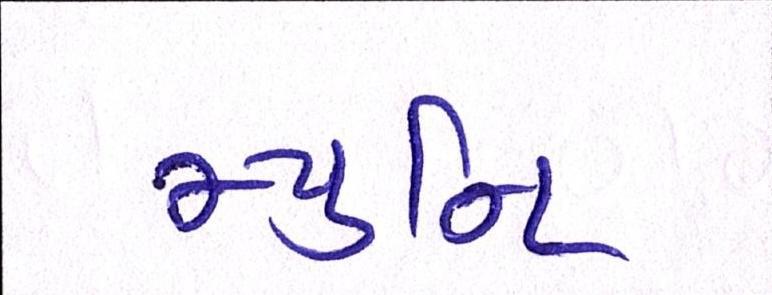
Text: મ્યુનિ